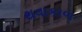
થવાકાળ